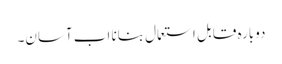
دوبارہ قابل استعمال بنانا اب آسان۔